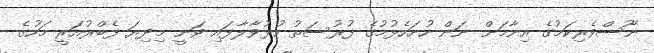
ނޫސްވެރިކަމުގެ އިނާމަށް ނަން ހުށަހެޅުމުގެ ފުރުސަތު ހުޅުވާލާފައި ވަނީ މިދިޔަ ފެބްރުއަރީ މަހުގެ